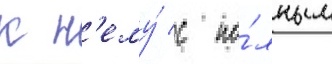
к н'ему́ с по́лным